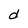
Character: d